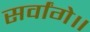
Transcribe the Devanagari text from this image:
सर्वांगे॥